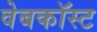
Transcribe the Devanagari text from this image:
वेबकॉस्ट